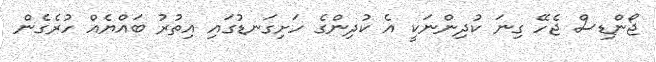
ޖޯންޑިސް ޖެހޭ ގިނަ ކުދިންނަކީ އެ ކުދިންގެ ހަށިގަނޑުގައި އިތުރު ބައްޔެއް ހުރެެެގެން